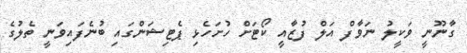
ގާނޫނީ ވަކީލު ނަވާފް އަލް ފުޒާއީ ކޯޓަށް ހުށަހެޅި ޕެޓިޝަންގައި ބުނެފައިވަނީ ތެލުގެ